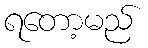
ရတော့မည်